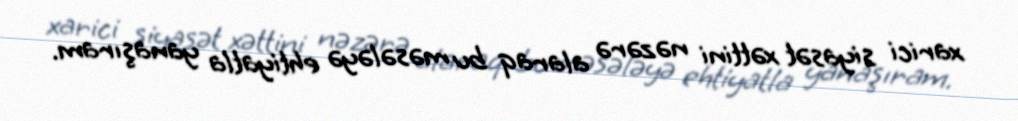
xarici siyasət xəttini nəzərə alaraq bu məsələyə ehtiyatla yanaşıram.